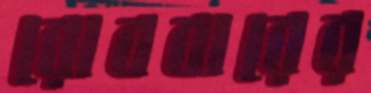
রোববারের